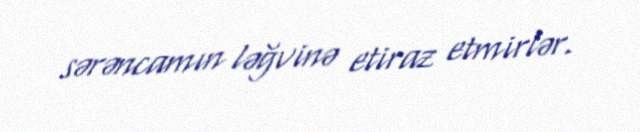
sərəncamın ləğvinə etiraz etmirlər.